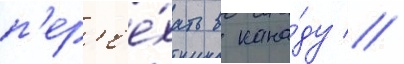
п'ер'ее́хать в кана́ду //